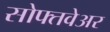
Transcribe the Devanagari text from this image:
सोफ्तवेअर